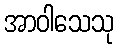
အာဝါသေသု